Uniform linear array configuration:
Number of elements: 24
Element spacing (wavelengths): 0.25
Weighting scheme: binomial
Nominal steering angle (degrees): -60
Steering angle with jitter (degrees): -58.987
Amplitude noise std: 0.05
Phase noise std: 0.05

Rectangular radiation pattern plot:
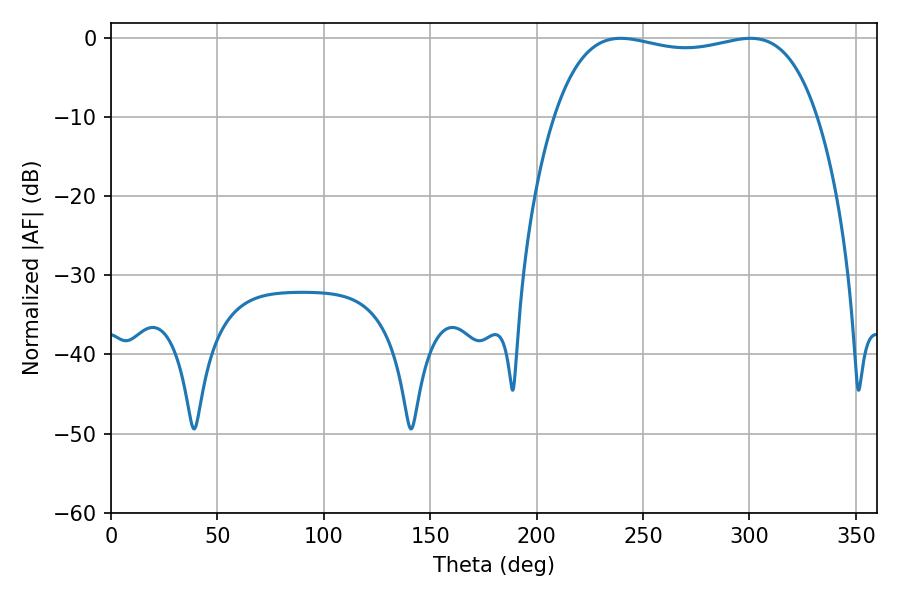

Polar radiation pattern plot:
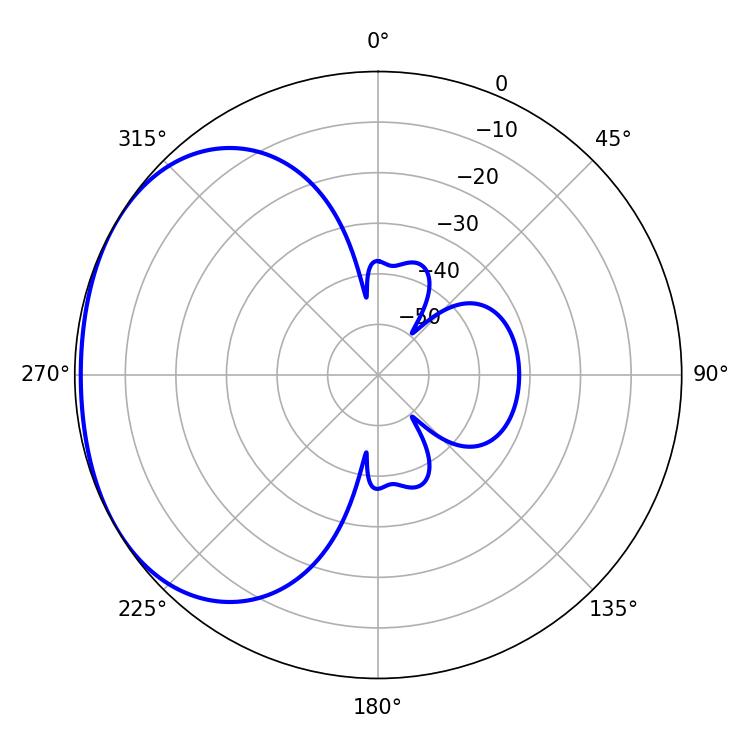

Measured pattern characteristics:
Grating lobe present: FALSE
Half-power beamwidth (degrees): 99.72
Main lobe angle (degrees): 239.58